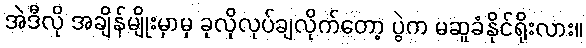
အဲဒီလို အချိန်မျိုးမှာမှ ခုလိုလုပ်ချလိုက်တော့ ပွဲက မဆူခံနိုင်ရိုးလား။